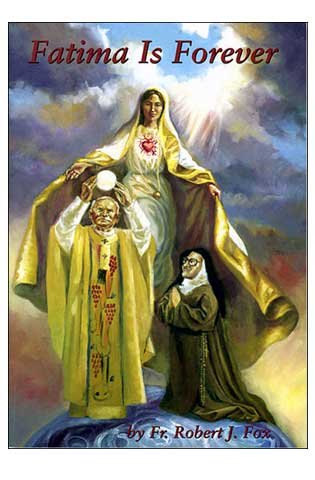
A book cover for Fatima Is Forever; Fr. Robert J. Fox; Christian Books & Bibles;